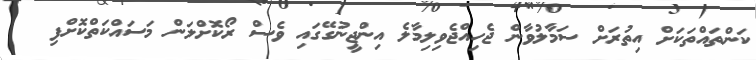
ކަންތައްތަކަށް އިތުރަށް ސަމާލުވާން ޖެހިއްޖެވިލިމާލެ އިންޖީނުގޭގައި ވެސް ރޯކޮށްލަން މަސައްކަތްކޮށްފި